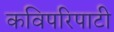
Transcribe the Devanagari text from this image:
कविपरिपाटी